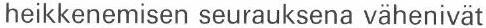
heikkenemisen seurauksena vähenivät